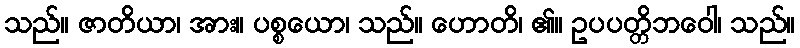
သည်။ ဇာတိယာ၊ အား။ ပစ္စယော၊ သည်။ ဟောတိ၊ ၏။ ဥပပတ္တိဘဝေါ၊ သည်။